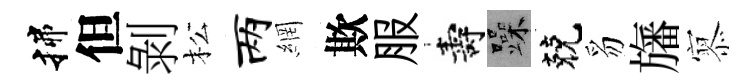
揲但剝松两網欺服壽躁兢豸旛𡪹